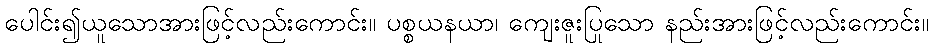
ပေါင်း၍ယူသောအားဖြင့်လည်းကောင်း။ ပစ္စယနယာ၊ ကျေးဇူးပြုသော နည်းအားဖြင့်လည်းကောင်း။